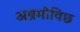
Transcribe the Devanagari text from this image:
अब्रमोविछ